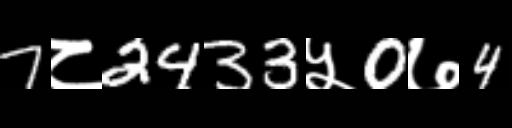
Text: 7८2433५0७4